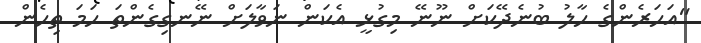
"އަހަރެންގެ ހާލު ބުނެދޭކަށް ނޫނޭ މިގުޅީ އެކަން ނަވާލަށް ނޭނގިގެންތަ ހަމަ ތިހެން